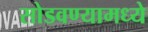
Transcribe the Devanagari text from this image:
सोडवण्यामध्ये